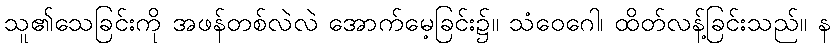
သူ၏သေခြင်းကို အဖန်တစ်လဲလဲ အောက်မေ့ခြင်း၌။ သံဝေဂေါ၊ ထိတ်လန့်ခြင်းသည်။ န